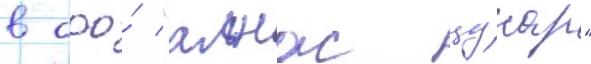
в ооо́ "алнас цунар"